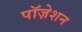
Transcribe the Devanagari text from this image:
पॉज़ेशन